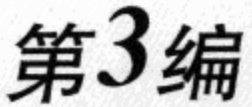
第3编